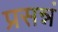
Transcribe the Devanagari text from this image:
प्रसन्नं